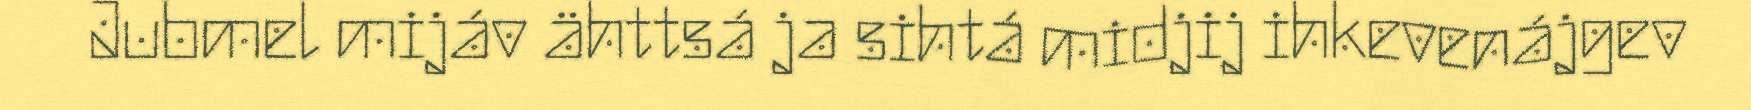
Jubmel mijáv ähttsá ja sihtá midjij ihkevenájgev